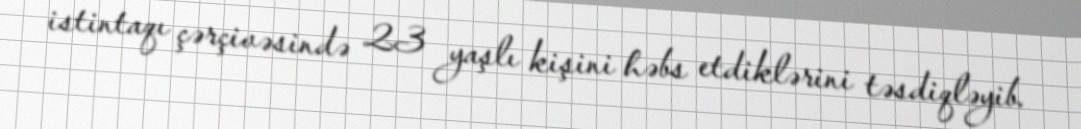
istintaqı çərçivəsində 23 yaşlı kişini həbs etdiklərini təsdiqləyib.